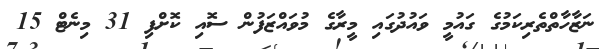
ނަޒާހާތްތެރިކަމުގެ ގައުމީ ވައުދުގައި މީރާގެ މުވައްޒަފުން ސޮއި ކޮށްފި 31 މިނެޓް 15